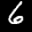
Label: 6